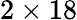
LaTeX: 2\times 18